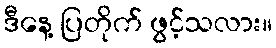
ဒီနေ့ ပြတိုက် ဖွင့်သလား။